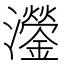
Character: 灐